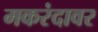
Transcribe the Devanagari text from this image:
मकरंदावर